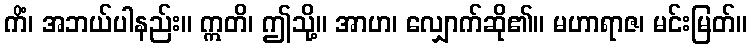
ကိံ၊ အဘယ်ပါနည်း။ ဣတိ၊ ဤသို့။ အာဟ၊ လျှောက်ဆို၏။ မဟာရာဇ၊ မင်းမြတ်။